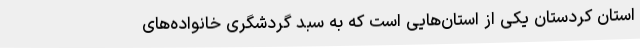
استان کردستان یکی از استان‌هایی است که به سبد گردشگری خانواده‌های